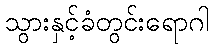
သွားနှင့်ခံတွင်းရောဂါ